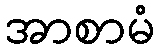
အာစာမံ